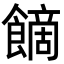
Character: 𩝿